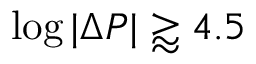
\log | \Delta P | \gtrapprox 4 . 5